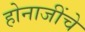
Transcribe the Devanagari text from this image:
होनाजींचे